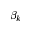
\beta _ { k }